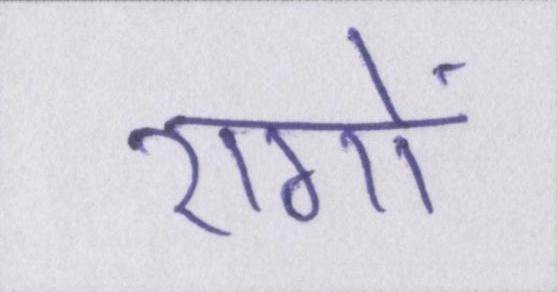
रागों